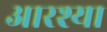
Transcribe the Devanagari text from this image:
आरश्या